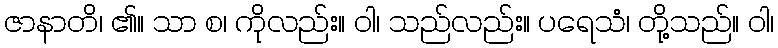
ဇာနာတိ၊ ၏။ သာ စ၊ ကိုလည်း။ ဝါ၊ သည်လည်း။ ပရေသံ၊ တို့သည်။ ဝါ၊